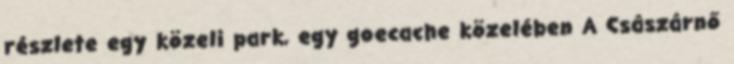
részlete egy közeli park, egy goecache közelében A Császárnő